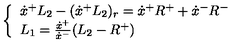
\quad \quad \quad \left\{ \begin{array} { l } { \dot { x } ^ { + } L _ { 2 } - ( \dot { x } ^ { + } L _ { 2 } ) _ { r } = \dot { x } ^ { + } R ^ { + } + \dot { x } ^ { - } R ^ { - } } \\ { L _ { 1 } = { \frac { \dot { x } ^ { + } } { \dot { x } ^ { - } } } ( L _ { 2 } - R ^ { + } ) } \\ \end{array} \right.